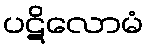
ပဋိလောမံ